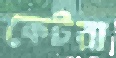
কেটরা